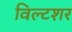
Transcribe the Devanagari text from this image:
विल्टशर